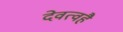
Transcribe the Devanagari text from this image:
देवत्वहै